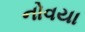
નોવયા